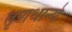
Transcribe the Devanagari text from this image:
तृणधान्ये